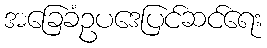
အခြေခံဥပဒေပြင်ဆင်ရေး